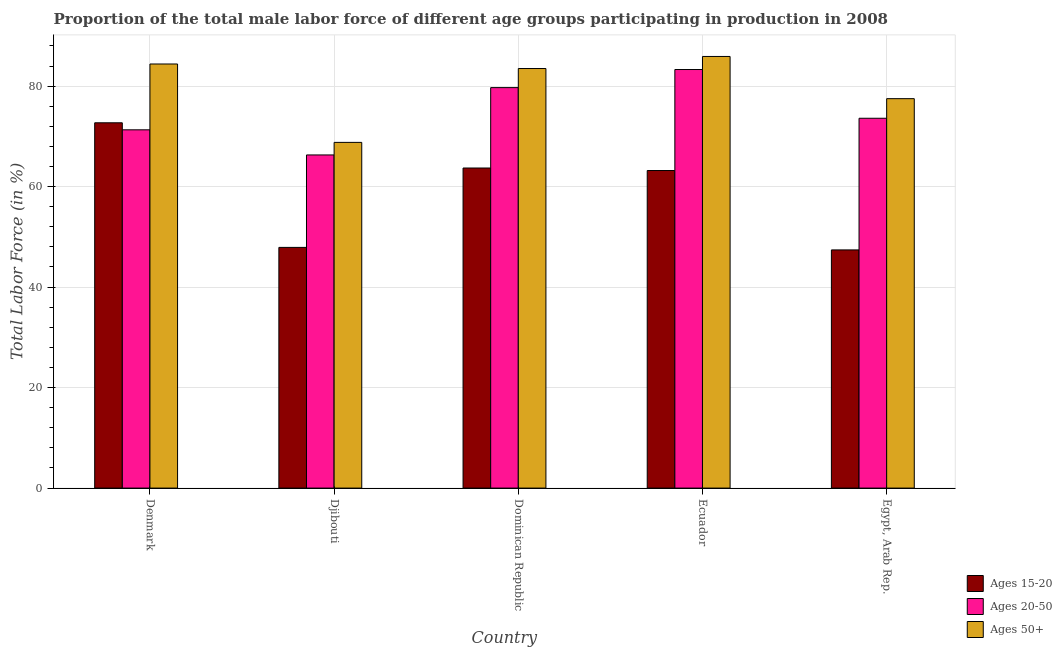
| Country | Ages 15-20 | Ages 20-50 | Ages 50+ |
 | --- | --- | --- | --- |
 | Denmark | 72.7 | 71.3 | 84.4 |
 | Djibouti | 47.9 | 66.3 | 68.8 |
 | Dominican Republic | 63.7 | 79.7 | 83.5 |
 | Ecuador | 63.2 | 83.3 | 85.9 |
 | Egypt, Arab Rep. | 47.4 | 73.6 | 77.5 |